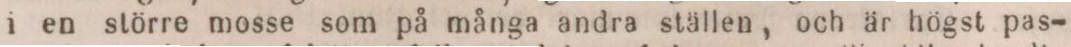
i en större mosse som på många andra ställen, och är högst pas-